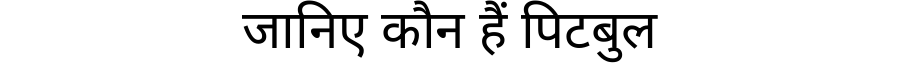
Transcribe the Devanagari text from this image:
जानिए कौन हैं पिटबुल